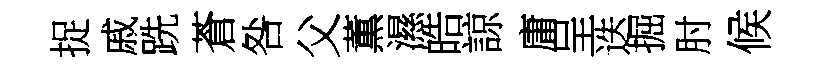
捉戚跣蒼咎父薫濕皓諒庸呈迭掘肘候